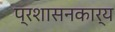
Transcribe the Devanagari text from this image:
प्रशासनकार्य